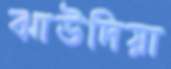
ঝাউদিয়া